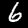
Label: 6